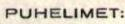
PUHELIMET: